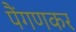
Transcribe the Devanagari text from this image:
पैंगणकर